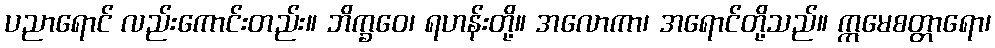
ပညာရောင် လည်းကောင်းတည်း။ ဘိက္ခဝေ၊ ရဟန်းတို့။ အလောကာ၊ အရောင်တို့သည်။ ဣမေစတ္တာရော၊